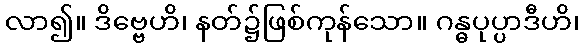
လာ၍။ ဒိဗ္ဗေဟိ၊ နတ်၌ဖြစ်ကုန်သော။ ဂန္ဓပုပ္ပာဒီဟိ၊